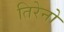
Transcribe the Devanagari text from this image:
तिरेनो